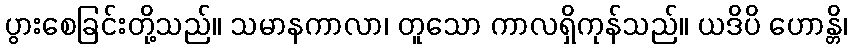
ပွားစေခြင်းတို့သည်။ သမာနကာလာ၊ တူသော ကာလရှိကုန်သည်။ ယဒိပိ ဟောန္တိ၊